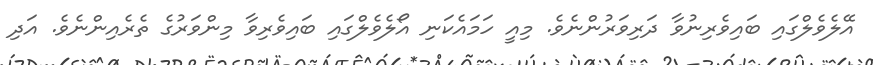
އޭލެވެލްގައި ބައިވެރިނުވާ ދަރިވަރުންނެވެ. މިއީ ހަމައެކަނި އޯލެވެލްގައި ބައިވެރިވާ މިންވަރުގެ ތެރެއިންނެވެ. އަދި